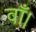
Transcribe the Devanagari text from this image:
वाँ।